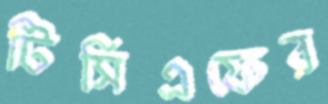
টিসিএফের